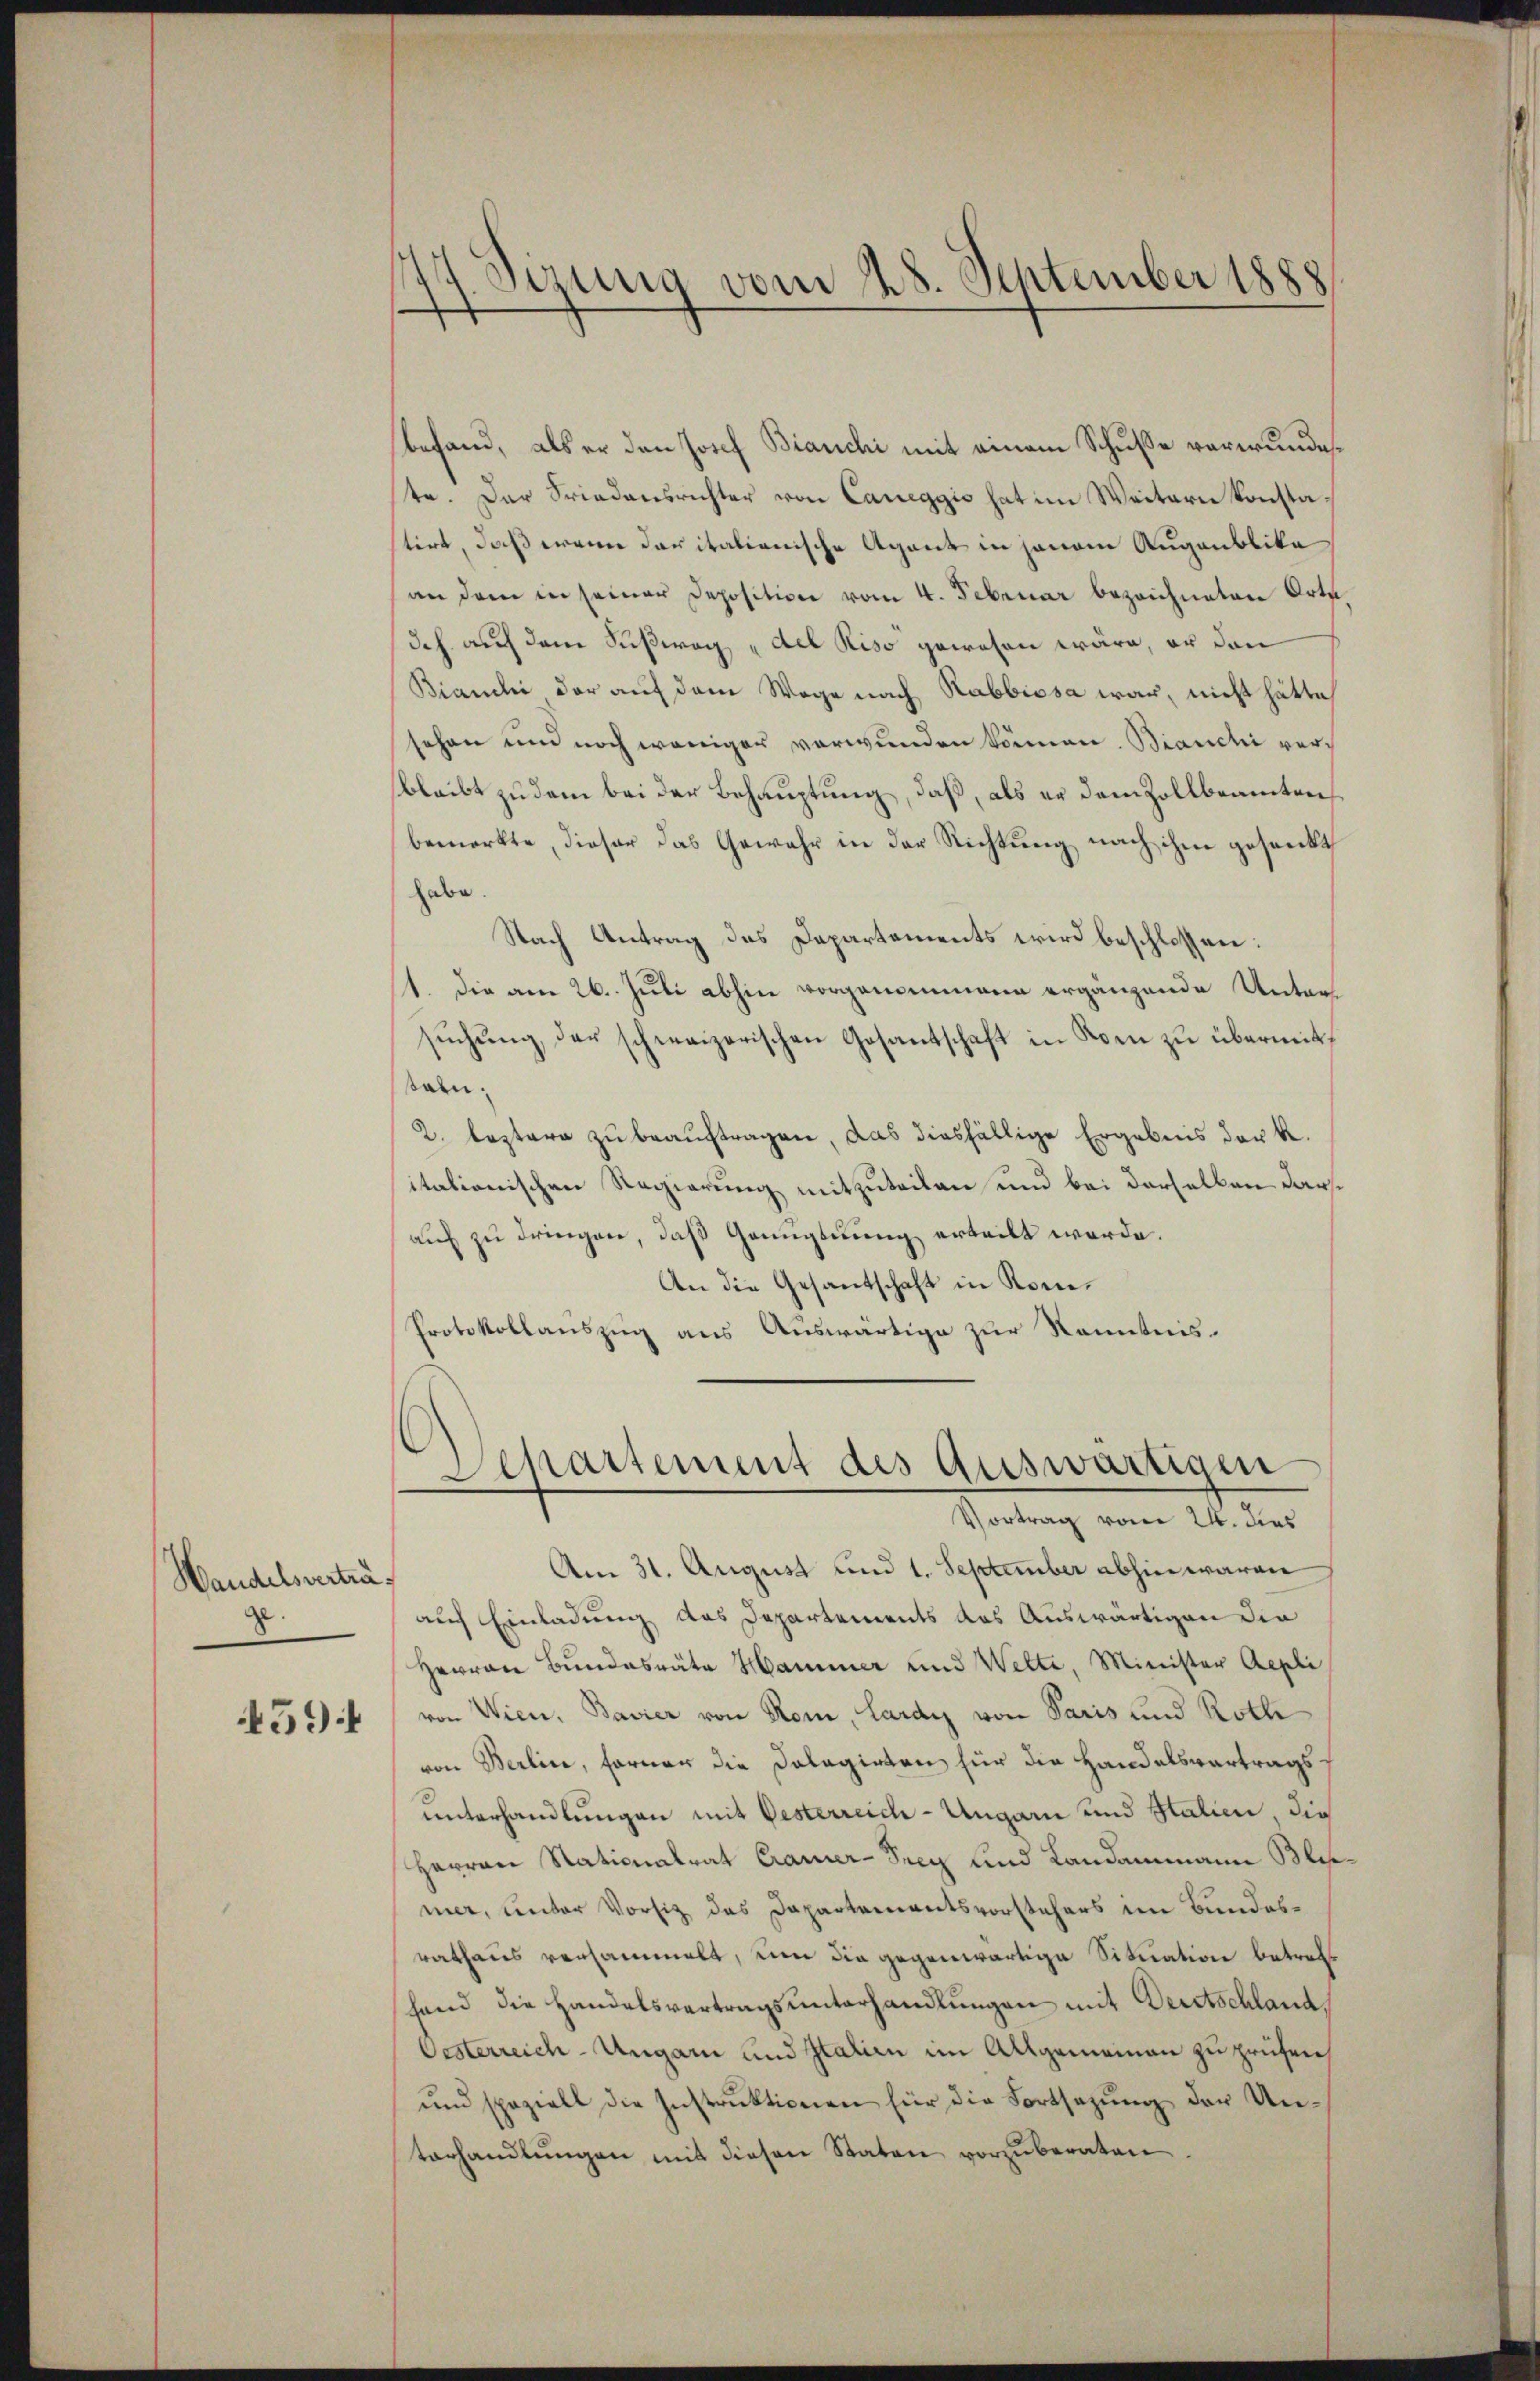
Handelsverträge.

459

1
Sizung vom 28. September 1888

befand, als er den Josef Bianchi mit einem Schusse verwunde.
te. Der Friedensrechter von Caueggis hat im Weitern konstatirt, daß wenn daritalienische Agent in jenem Augenblika
an dem in seiner Deposition vom 4. Februar bezeichneten Orte
Ich auf dem Fußweg des Riso gewesen wäre, er den
Bianchi der auf dem Wege nach Rabbiosa war, nicht hätte
sehen und noch weniger verwunden können. Bianchi verbleibt zu dem bei der Behauptung, daß, als er dem Zollbeamten
bemerkte, dieser das Gewahr in der Richtung nach ihm gesenkt
habe.
Nach Antrag des Departements wird beschlossen:
st. Die am 26. Juli abhin vorgenommene ergänzende Untersŭchŭng der schweizerischen Gesantschaft in Dom zŭ übermit,
sain.
2. leztere zu beauftragen, das diesfällige Ergebnis der k.
itationischen Regierung mitzuteilen und bei derselben darauf zu dringen, daß Genugtuung erteilt werde.
An die Gesantschaft in Kom¬
Protokollauszug aus Auswärtige zur Kenntnis¬

Am 31. August und 1. September abhin waren
auch Einladung das Departements das Auswärtigen die
Herren Bundesräte Hammer und Welte, Minister Repli
von Wien, Bavier von Rom, Lardy von Paris und Rothe
von Berline, Farner die Dolagirten für die Handelsvertragsunterhandlungen mit Oesterreich-Ungarn und Stalien, die
Herren Nationalrat Cramer-Seeg und Landammann Blimer, unter Vorsitz des Dapartementsvorstehers im Bundesrathaus versammelt, um die gegenwärtige Situation betreff
fand die Handelsvertragsunterhandlungen mit Deutschland.
Oesterreich-Ungarn und Italien im Allgemeinen zu prüfen,
und speziell die Instrŭktionen für die Fortsetzŭng der Unterhandlŭngen mit diesen Staten vorzuberaten

Separtement des Auswärtigen
Vortrag vom 24. dies